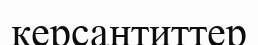
керсантиттер